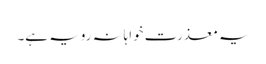
یہ معذرت خواہانہ رویہ ہے۔